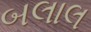
બલાલ